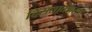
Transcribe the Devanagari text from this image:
दिसतातअसा